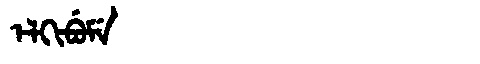
Manchu: ᡝᠯᡴᡳᠪᡠᠮᡝ
Romanization: ELKIBUME